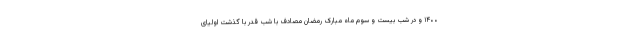
۱۴۰۰ و در شب بیست و سوم ماه مبارک رمضان مصادف با شب قدر با گذشت اولیای